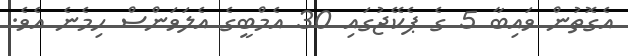
އެގޮތުން ވައިބާ 5 ގެ ޕެކޭޖުގައި 30 އެމްބީގެ އެލަވަންސް ހިމެނެ އެވެ.